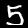
Digit: 5